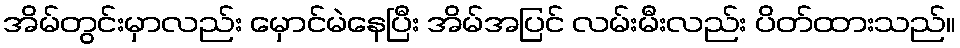
အိမ်တွင်းမှာလည်း မှောင်မဲနေပြီး အိမ်အပြင် လမ်းမီးလည်း ပိတ်ထားသည်။